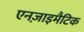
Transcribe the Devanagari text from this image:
एनज़ाइमैटिक